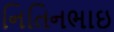
નિતિનભાઇ